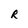
Character: R